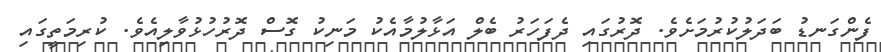
ފެންގަނޑު ބަދަލުކުރުމަށެވެ. ދޮރުގައި ދެފަހަރު ބެލް އަޅާލުމާއެކު މަނިކު ގޮސް ދޮރުހުޅުވާލިއެވެ. ކުރިމަތީގައި